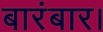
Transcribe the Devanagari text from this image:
बारंबार।